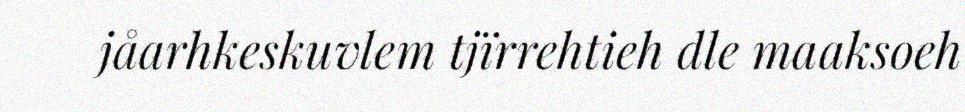
jåarhkeskuvlem tjïrrehtieh dle maaksoeh